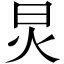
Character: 炅